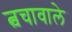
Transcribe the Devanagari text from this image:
त्वचावाले